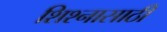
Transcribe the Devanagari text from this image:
शिश्नासाठी